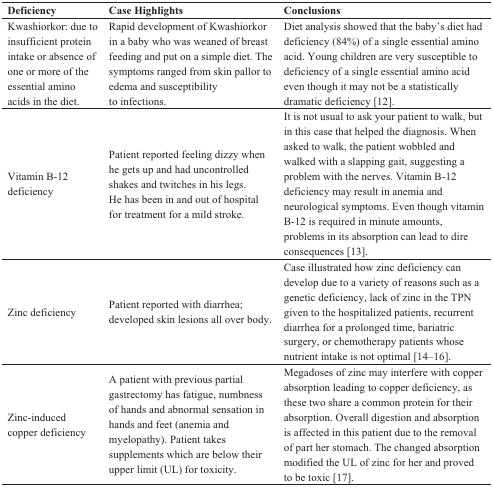
<table><thead><tr><td><b>Deficiency</b></td><td><b>Case Highlights</b></td><td><b>Conclusions</b></td></tr></thead><tbody><tr><td>Kwashiorkor: due to insufficient protein intake or absence of one or more of the essential amino acids in the diet.</td><td>Rapid development of Kwashiorkor in a baby who was weaned of breast feeding and put on a simple diet. The symptoms ranged from skin pallor to edema and susceptibility to infections.</td><td>Diet analysis showed that the baby’s diet had deficiency (84%) of a single essential amino acid. Young children are very susceptible to deficiency of a single essential amino acid even though it may not be a statistically dramatic deficiency [12].</td></tr><tr><td>Vitamin B-12 deficiency</td><td>Patient reported feeling dizzy when he gets up and had uncontrolled shakes and twitches in his legs. He has been in and out of hospital for treatment for a mild stroke.</td><td>It is not usual to ask your patient to walk, but in this case that helped the diagnosis. When asked to walk, the patient wobbled and walked with a slapping gait, suggesting a problem with the nerves. Vitamin B-12 deficiency may result in anemia and neurological symptoms. Even though vitamin B-12 is required in minute amounts, problems in its absorption can lead to dire consequences [13].</td></tr><tr><td>Zinc deficiency</td><td>Patient reported with diarrhea; developed skin lesions all over body.</td><td>Case illustrated how zinc deficiency can develop due to a variety of reasons such as a genetic deficiency, lack of zinc in the TPN given to the hospitalized patients, recurrent diarrhea for a prolonged time, bariatric surgery, or chemotherapy patients whose nutrient intake is not optimal [14–16].</td></tr><tr><td>Zinc-induced copper deficiency</td><td>A patient with previous partial gastrectomy has fatigue, numbness of hands and abnormal sensation in hands and feet (anemia and myelopathy). Patient takes supplements which are below their upper limit (UL) for toxicity.</td><td>Megadoses of zinc may interfere with copper absorption leading to copper deficiency, as these two share a common protein for their absorption. Overall digestion and absorption is affected in this patient due to the removal of part her stomach. The changed absorption modified the UL of zinc for her and proved to be toxic [17].</td></tr></tbody></table>